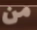
من